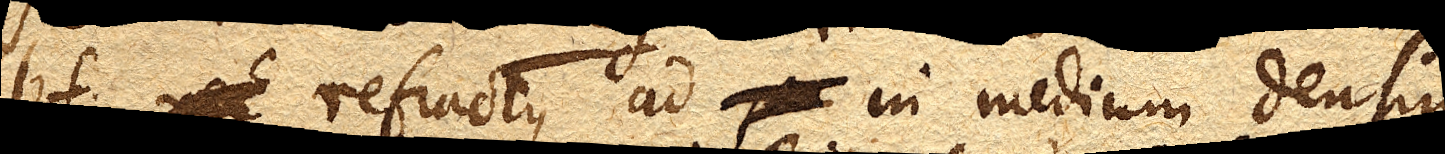
bf. refractus ad in medium densius